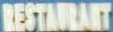
RESTAURANT